Annual report on the working of the lock hospitals in the North-Western Provinces and Oudh
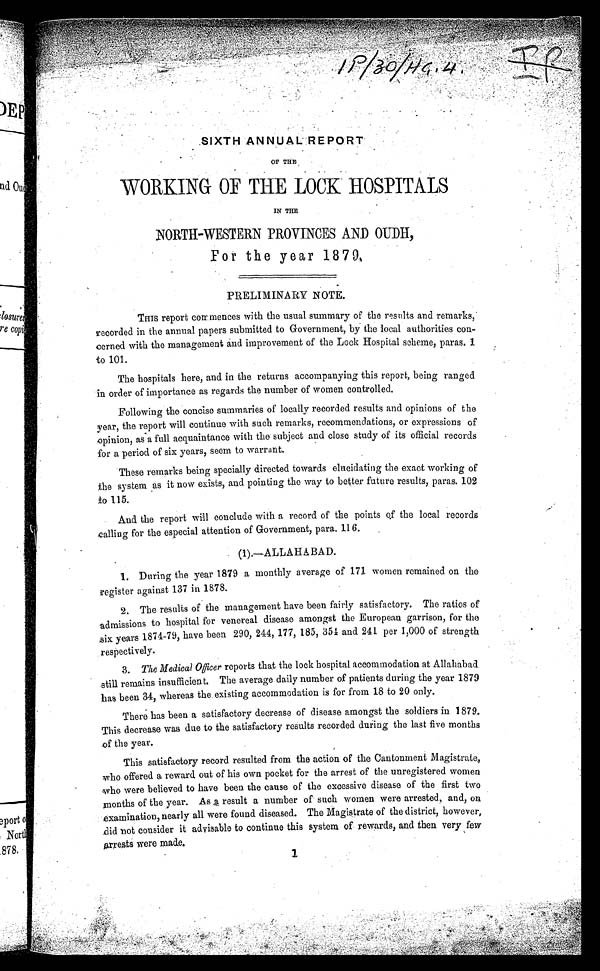
SIXTH ANNUAL REPORT
OF THE
WORKING OF THE LOCK HOSPITALS
IN THE
NORTH-WESTERN PROVINCES AND OUDH,
For the year 1879.
PRELIMINARY NOTE.
THIS report commences with the usual summary of the results and remarks,
recorded in the annual papers submitted to Government, by the local authorities con
cerned with the management and improvement of the Lock Hospital.scheme, paras. 1
to 101.
The hospitals here, and in the returns accompanying this report, being ranged
in order of importance as regards the number of women controlled.
Following the concise summaries of locally recorded results and opinions of the
year, the report will continue with such remarks, recommendations, or expressions of
opinion, as a full acquaintance with the subject and close study of its official records
for a period of six years, seem to warrant.
These remarks being specially directed towards elucidating the exact working of
the system as it now exists, and pointing the way to better future results, paras. 102
to 115.
And the report will conclude with a record of the points of the local records
calling for the especial attention of Government, para. 116.
(1).—ALLAHABAD.
1.
During the year 1879 a monthly average of 171 women remained on the
register against 137 in 1878.
2.
The results of the management have been fairly satisfactory. The ratios of
a d m i s s i o n s t o h o s p i t a l f o r v e n e r e a l d i s e a s e a m o n g s t t h e E u r o p e a n g a r r i s o n , f o r t h e
six years 1874-79, have been 290, 244, 177, 185, 354 and 241 per 1,000 of strength
respectively.
3.
The Medical Officer reports that the lock hospital accommodation at Allahabad
s t i l l r e m a i n s i n s u f f i c i e n t . T h e a v e r a g e d a i l y n u m b e r o f p a t i e n t s d u r i n g t h e y e a r 1 8 7 9
has been 34, whereas the existing accommodation is for from 18 to 20 only.
There has been a satisfactory decrease of disease amongst the soldiers in 1879.
This decrease was due to the satisfactory results recorded during the last five months
of the year.
This satisfactory record resulted from the action of the Cantonment Magistrate,
who offered a reward out of his own pocket for the arrest of the unregistered women
who were believed to have been the cause of the excessive disease of the first two
months of the year. Asa result a number of such women were arrested, and, on
examination, nearly all were found diseased. The Magistrate of the district, however,
did not consider it advisable to continue this system of rewards, and then very few
a r r e s t s w e r e m a d e .
1